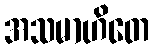
အသမာဟိတေ